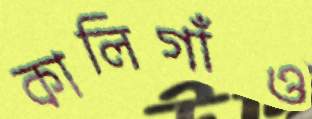
কালিগাঁও